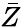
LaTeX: \bar{Z}